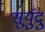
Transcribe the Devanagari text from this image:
सूर्युदु